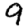
Digit: 9